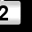
Digit: 2